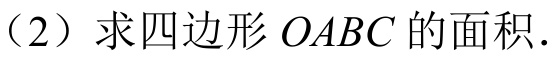
（2）求四边形\(OABC\)的面积.